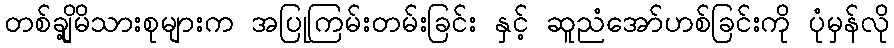
တစ်ချို့မိသားစုများက အပြုကြမ်းတမ်းခြင်း နှင့် ဆူညံအော်ဟစ်ခြင်းကို ပုံမှန်လို